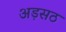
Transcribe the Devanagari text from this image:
अड़सठ